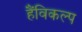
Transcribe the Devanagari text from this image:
हैंविकल्प